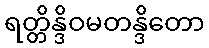
ရတ္တိန္ဒိဝမတန္ဒိတော